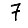
Digit: 7